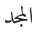
المجد